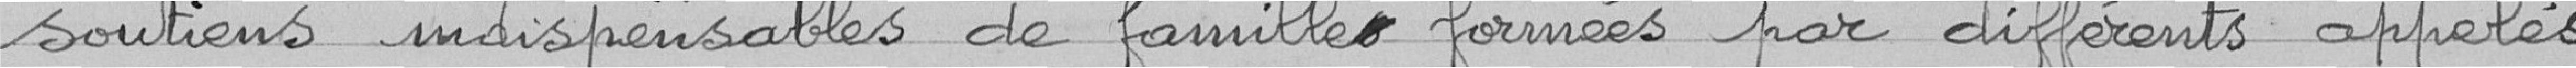
soutien indispensables de familles formées par différents appelés